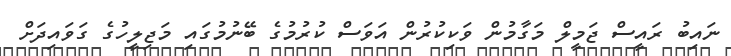
ނައިބު ރައީސް ޖަމީލް މަގާމުން ވަކިކުރުން އަވަސް ކުރުމުގެ ބޭނުމުގައި މަޖިލީހުގެ ގަވައިދަށް